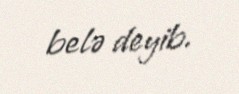
belə deyib.